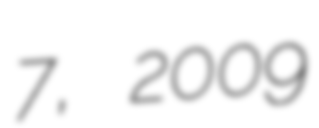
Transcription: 7, 2009